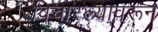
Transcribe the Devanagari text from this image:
विचारल्यावरून